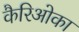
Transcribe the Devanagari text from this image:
कैरिओका